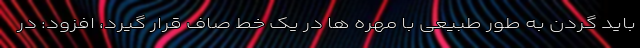
باید گردن به طور طبیعی با مهره ها در یک خط صاف قرار گیرد، افزود: در